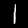
Label: 1